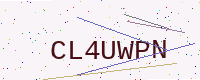
Text: CL4UWPN